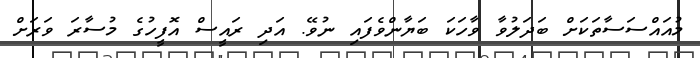
މުއައްްސަސާތަކަށް ބަދަލުވާ ވާހަކަ ބަޔާންވެފައި ނުވޭ. އަދި ރައީސް އޮފީހުގެ މުސާރަ ވަރަށް